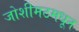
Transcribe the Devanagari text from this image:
जोशीमठमधून